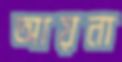
আয়না